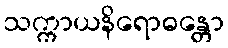
သက္ကာယနိရောဓန္တော